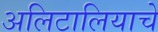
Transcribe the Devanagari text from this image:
अलिटालियाचे